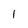
Character: 1